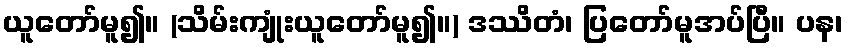
ယူတော်မူ၍။ (သိမ်းကျုံးယူတော်မူ၍။) ဒဿိတံ၊ ပြတော်မူအပ်ပြီ။ ပန၊